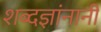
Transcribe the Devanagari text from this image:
शब्दज्ञांनानी